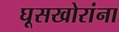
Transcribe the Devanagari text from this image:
घूसखोरांना